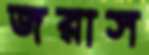
জরাস